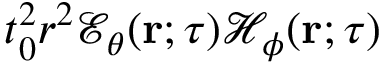
t _ { 0 } ^ { 2 } r ^ { 2 } { \mathcal E } _ { \theta } ( { \bf r } ; \tau ) { \mathcal H } _ { \phi } ( { \bf r } ; \tau )